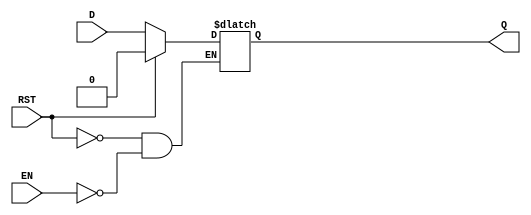
module async_register (
    input wire D,      // Data Input
    input wire EN,     // Enable Signal
    input wire RST,    // Asynchronous Reset
    output reg Q       // Data Output
);

// Asynchronous Reset and Data Capture Logic
always @(*) begin
    if (RST) begin
        Q <= 1'b0;     // Set output to 0 when reset is high
    end else if (EN) begin
        Q <= D;        // Capture data input when enable is high
    end
    // If RST is low and EN is low, Q retains its previous state
end

endmodule